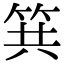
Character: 𥬹